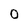
Character: 0